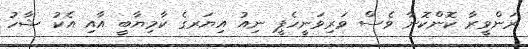
ރަންވީރާ ކޮންކޮނާ ވެސް ވަރިވަނީހެޕީ ނިއު އިޔަރގެ ކާމިޔާބީ އާއި އެކު ޝާހު